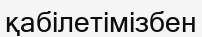
қабілетімізбен